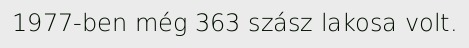
1977-ben még 363 szász lakosa volt.